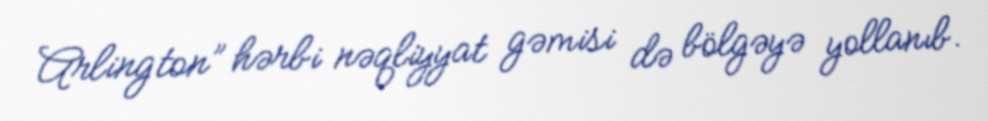
Arlington” hərbi nəqliyyat gəmisi də bölgəyə yollanıb.